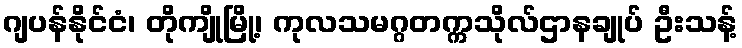
ဂျပန်နိုင်ငံ၊ တိုကျိုမြို့၊ ကုလသမဂ္ဂတက္ကသိုလ်ဌာနချုပ် ဦးသန့်